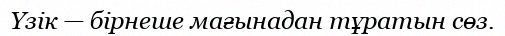
Үзік — бірнеше мағынадан тұратын сөз.